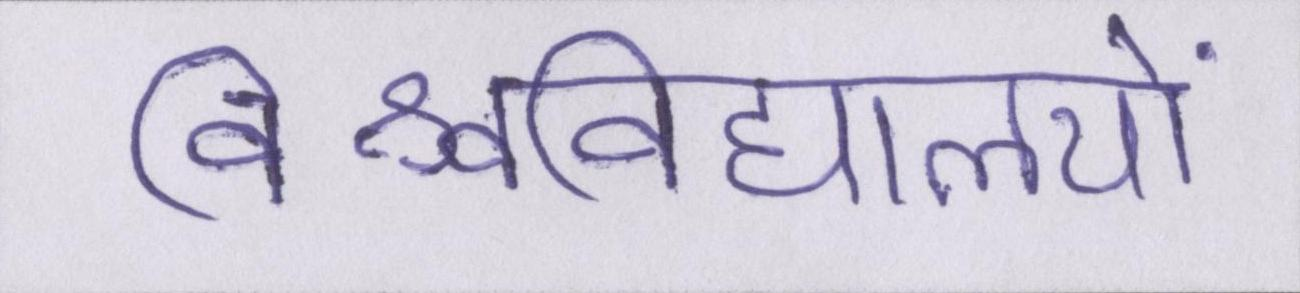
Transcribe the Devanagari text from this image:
विश्वविद्यालयों